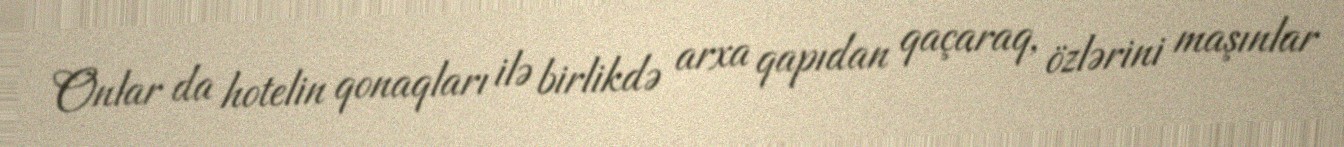
Onlar da hotelin qonaqları ilə birlikdə arxa qapıdan qaçaraq, özlərini maşınlar